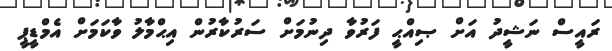
ރައީސް ނަޝީދު އަށް ޞިއްޙީ ފަރުވާ ދިނުމަށް ސަރުކާރުން އިޙްމާލު ވާކަމަށް އެމްޑީޕީ